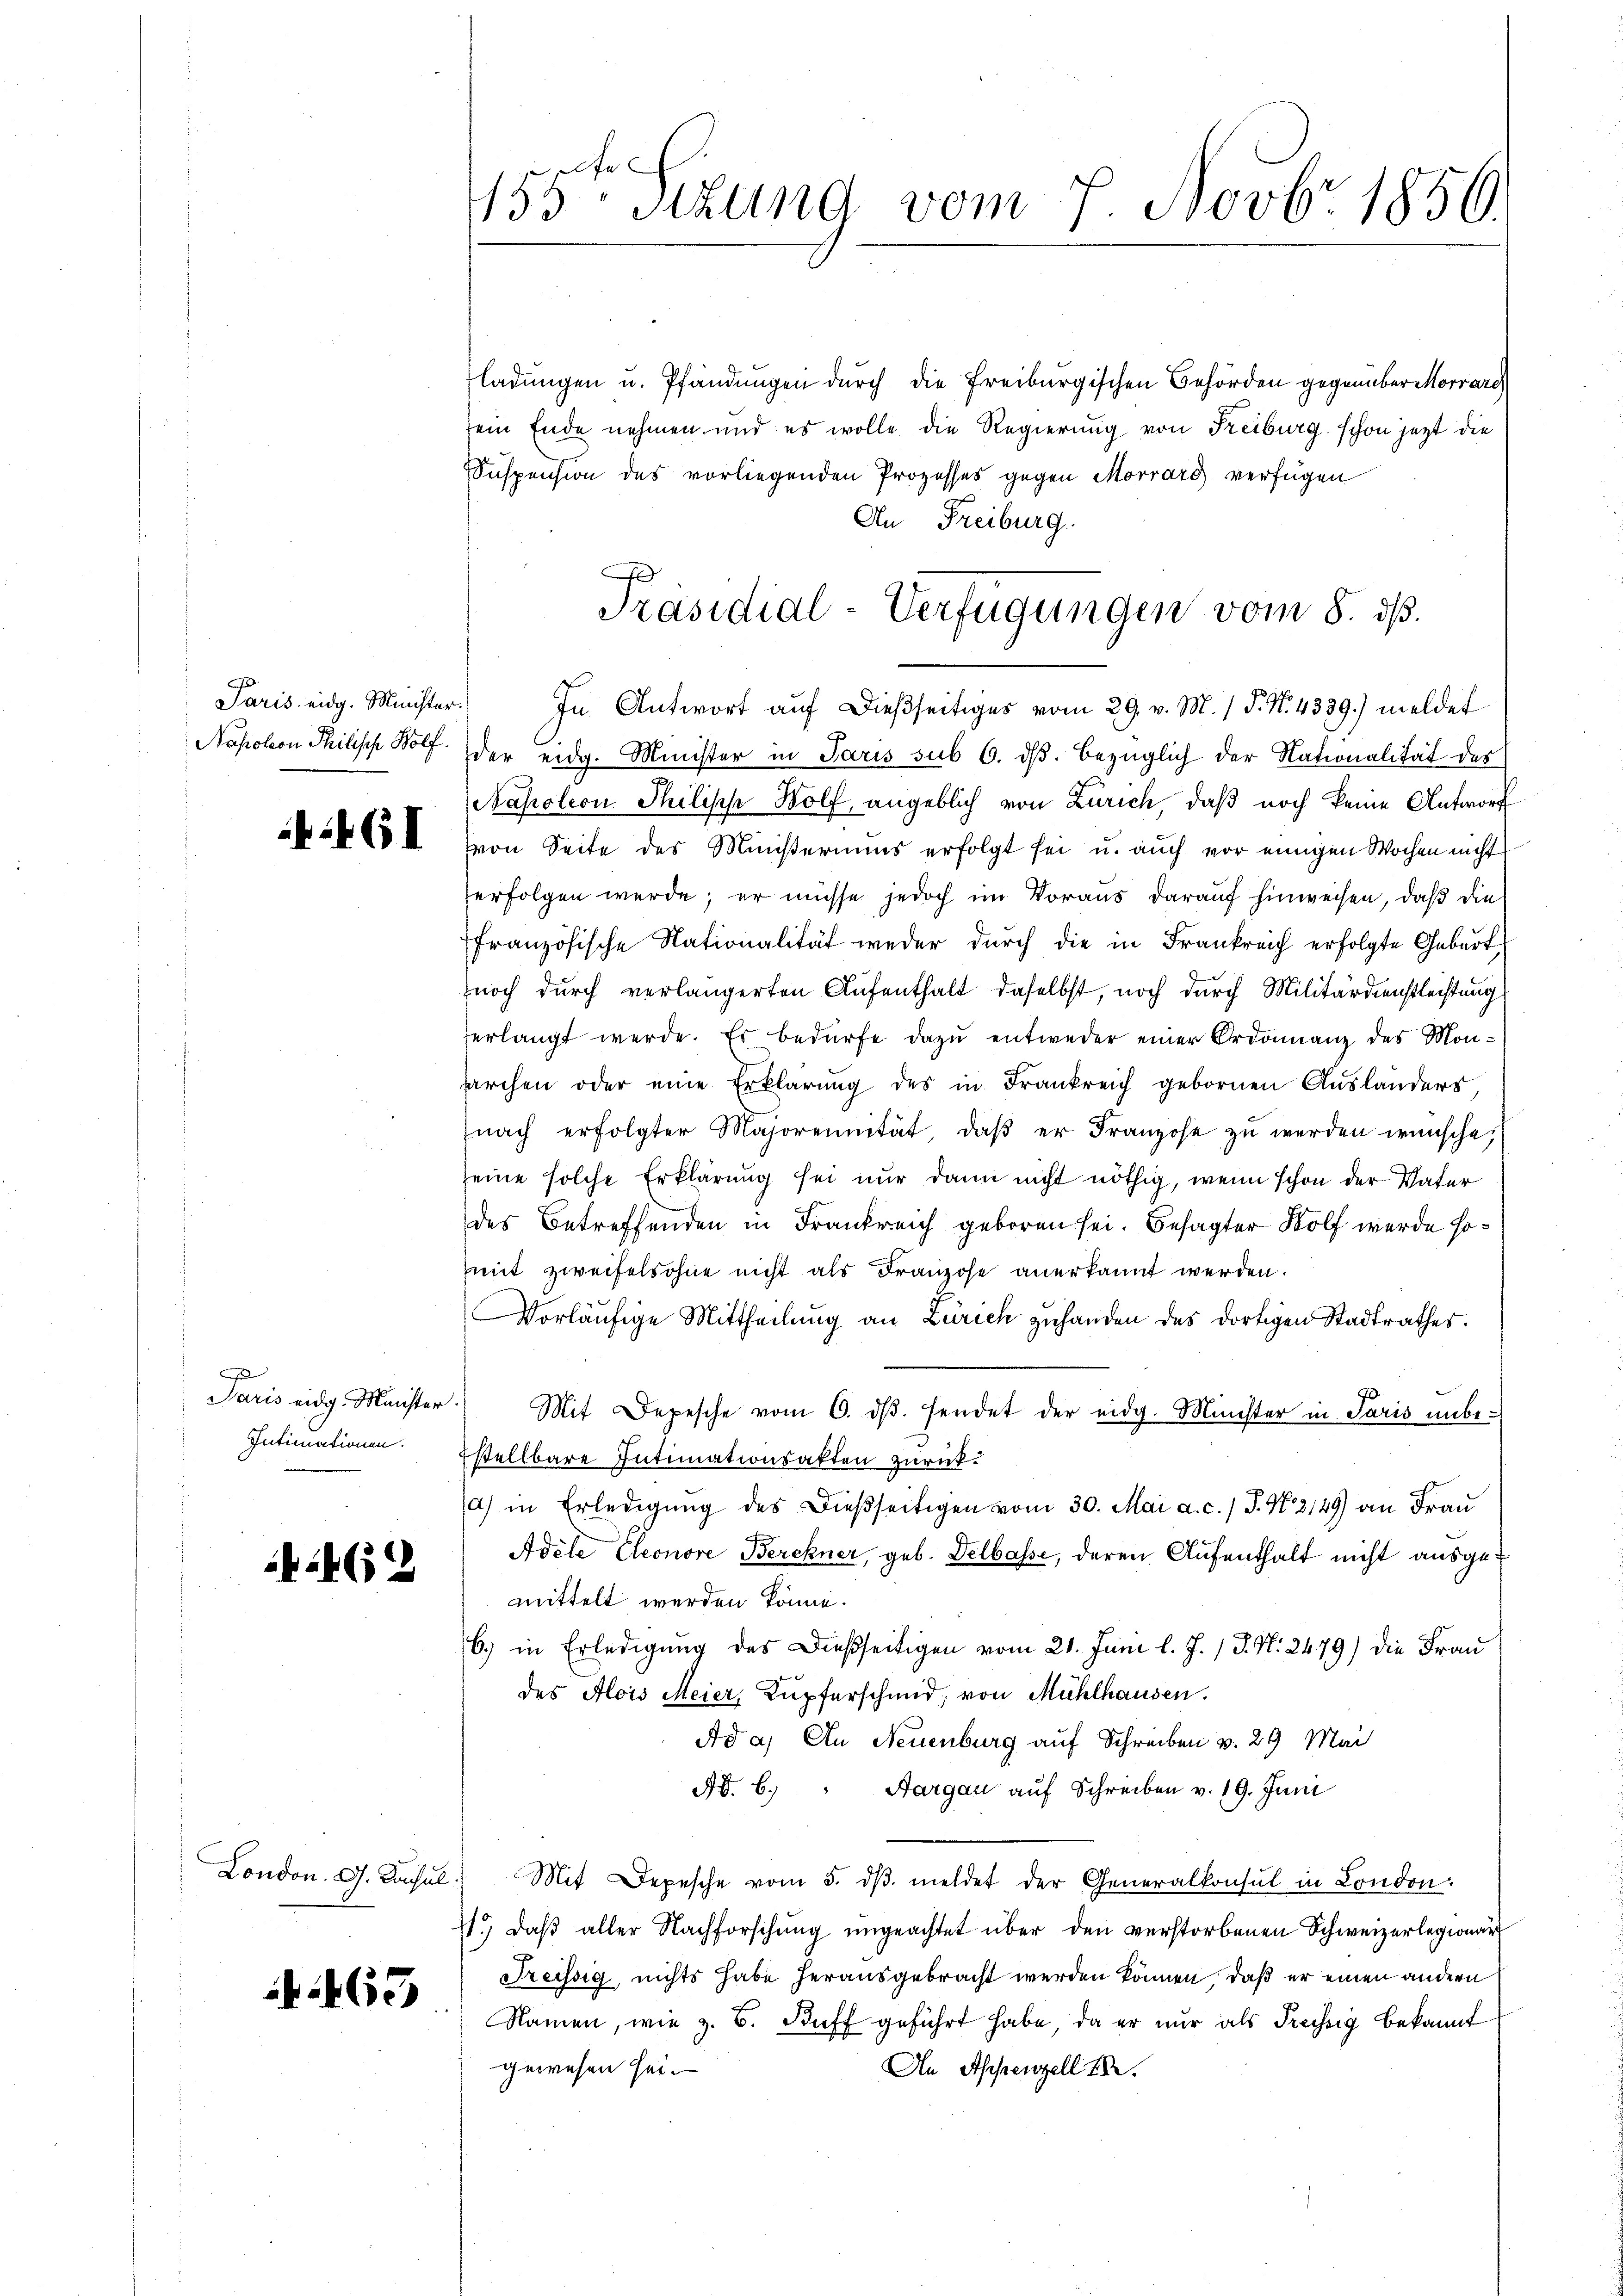
Napoleon Philisch Wolf.

:461

J
Paris eidg. Minister
Intimationen.

24 (12

465

155te Sitzung vom 7. Novbr 1856.

ladungen u. Pfändungen durch die Freiburgischen Behörden gegenüber Morvare
sein Ende nehmen und es wolle die Regierung von Freiburg schon jetzt die
Suspension des vorliegenden Prozesses gegen Morrard verfügen
An Freiburg.
der eidg. Minister in Paris sub 6. dβ. bezüglich der Nationalität des
Napoleon Philisch Wolf, angeblich von Zürich, daß noch keine Antworf
von Seite des Ministeriums erfolgt sei u. auch vor einigen Wochen nicht
erfolgen werde; er müsse jedoch im Voraus darauf hinweisen, daß die
französische Nationalität weder durch die in Frankreich erfolgte Geburt
noch durch verlängerten Aufenthalt daselbst, noch durch Militärdienstleistung
herlangt werde. Es bedürfe dazu entweder einer Ordonnanz des Monsarchen oder eine Erklärŭng des in Frankreich gebornen Auslanders,
(nach erfolgter Majorennität, daβ er Franzose zŭ werden wünsche,
seine solche Erklärung sei nur dann nicht nöthig, wenn schon der Vater
des Betreffenden in Frankreich geboren sei. Besagter Wolf wurde sommit zweifelsohne nicht als Franzose anerkannt werden.
Vorläufige Mittheilung an Zürich zuhanden des dortigen Stadtrathes.
Mit Depesche vom 6. dβ. sendet der eidg. Minister in Paris unbestellbare Intimationsakten zurücka) in Erledigŭng des Dießseitigen vom 30. Mai a. c. / J. N. 2149) an Frau
Adele Cleonore Berchner, geb. Delbasse, deren Aufenthalt nicht ausgemittelt werden könne.
b.) in Erledigŭng des dießseitigen vom 21. Juni l. J. J. N. 2479) die Frau
des Alois Meier, Kupferschmid, von Mühlhausen.
Ad a. An Neuenburg auf Schreiben v. 29 Mai
No. 6. " Aargau auf Schreiben v. 19. Juni
London. G. Consul Mit Depesche vom 5. dβ meldet der Generalkonsul in London.
11.) Daß aller Nachforschung ungeachtet über den verstorbenen Schweizerlegionar
Freissig, nichts habe herausgebracht werden können, daß er einen andern
Namen, wie z. B. Buff geführt habe, da er nur als Preissig bekannt
gewesen sei.
An Appenzell I.

A
Präsidial-Verfügungen vom 8. dß.
Paris eidg. Minister. In Antwort aŭf dießseitiges vom 29. v. M. / P. N. 4339.) meldet